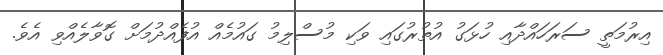
އިރުމަތީ ސަރަހައްދާއި ހުޅަގު އުތުރުގައި ވަކި މުސްލިމު ގައުމެއް އުފެއްދުމަށް ގޮވާލެއްވި އެވެ.